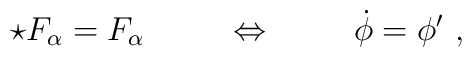
\star F_{\alpha} = F_{\alpha} \hspace*{1cm} \Leftrightarrow \hspace*{1cm} \dot{\phi} = \phi' \ ,